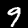
Digit: 9